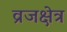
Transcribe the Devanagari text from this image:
व्रजक्षेत्र